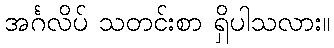
အင်္ဂလိပ် သတင်းစာ ရှိပါသလား။